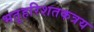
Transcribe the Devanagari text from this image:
भतृहरिशतकत्रय